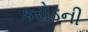
કરોડની